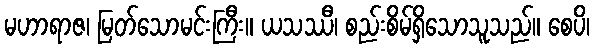
မဟာရာဇ၊ မြတ်သောမင်းကြီး။ ယသဿီ၊ စည်းစိမ်ရှိသောသူသည်။ စေပိ၊